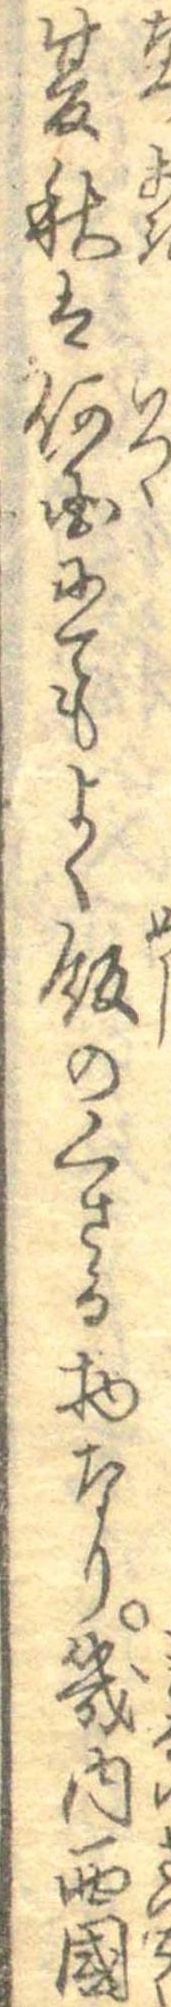
夏秋は何国にてもよく飯のくさる物なり畿内西国